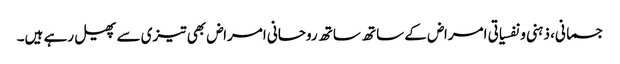
جسمانی، ذہنی ونفسیاتی امراض کے ساتھ ساتھ روحانی امراض بھی تیزی سے پھیل رہے ہیں۔